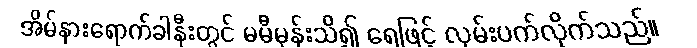
အိမ်နားရောက်ခါနီးတွင် မမီမှန်းသိ၍ ရေဖြင့် လှမ်းပက်လိုက်သည်။